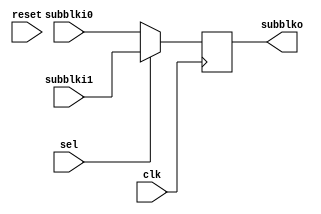
`timescale 1ns / 1ps

module twotoonemuxreg(
    
    input clk,
    input reset,
    
    input sel,
    input [7:0] subblki0,
    input [7:0] subblki1,
    
    output reg [7:0] subblko

    );


    always@(posedge clk) begin

        subblko <= (sel == 1)? subblki1: subblki0;

    end
endmodule